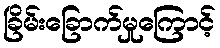
ခြိမ်းခြောက်မှုကြောင့်